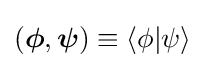
({\boldsymbol {\phi }},{\boldsymbol {\psi }})\equiv \langle \phi |\psi \rangle